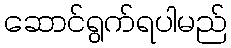
ဆောင်ရွက်ရပါမည်